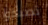
تصبحوا